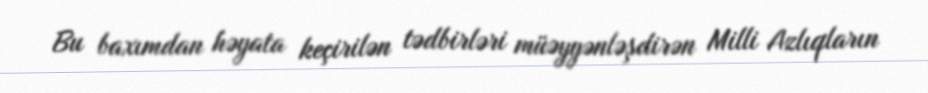
Bu baxımdan həyata keçirilən tədbirləri müəyyənləşdirən Milli Azlıqların